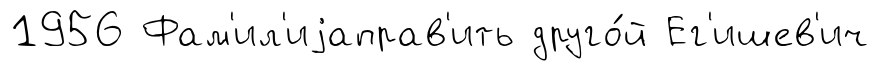
1956 Фам'ил'иjаправ'ить друго́й Ег'ишев'ич